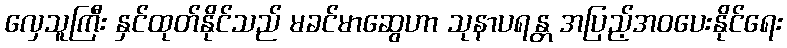
လှေသူကြီး နှင်ထုတ်နိုင်သည် မခင်မာဆွေဟာ သုနာပရန္တ အပြည့်အဝပေးနိုင်ရေး